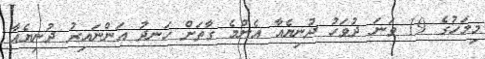
މިމަހުގެ 19 ވަނަ ދުވަހު ދުނިޔެއާ އެންމެ ގާތަށް ހަނދު އަންނައިރު ދުނިޔެއާ